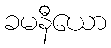
ခမနီယော